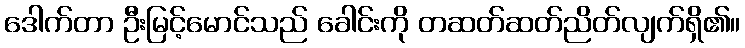
ဒေါက်တာ ဦးမြင့်မောင်သည် ခေါင်းကို တဆတ်ဆတ်ညိတ်လျက်ရှိ၏။